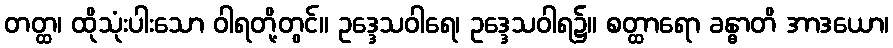
တတ္ထ၊ ထိုသုံးပါးသော ဝါရတို့တွင်။ ဥဒ္ဒေသဝါရေ၊ ဥဒ္ဒေသဝါရ၌။ စတ္ထာရော ခန္ဓာတိ အာဒယော၊